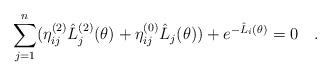
LaTeX: \begin{align*}\sum\limits_{j=1}^{n}(\eta _{ij}^{(2)}\hat{L}_{j}^{(2)}(\theta )+\eta_{ij}^{(0)}\hat{L}_{j}(\theta ))+e^{-\hat{L}_{i}(\theta )}=0\quad .\end{align*}